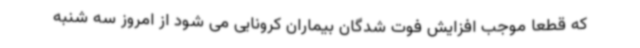
که قطعا موجب افزایش فوت شدگان بیماران کرونایی می شود از امروز سه شنبه